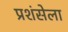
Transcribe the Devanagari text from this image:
प्रशंसेला